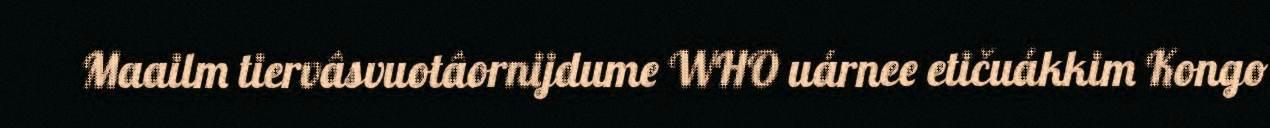
Maailm tiervâsvuotâornijdume WHO uárnee etičuákkim Kongo